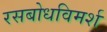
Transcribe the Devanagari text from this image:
रसबोधविमर्श